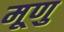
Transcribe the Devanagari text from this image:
मूणु